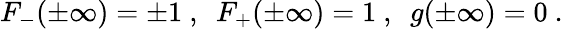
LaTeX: F_{-}(\pm\infty)=\pm 1\ ,\ \ F_{+}(\pm\infty)=1\ ,\ \ g(\pm\infty)=0\ .